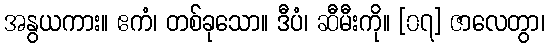
အနွယကား။ ဧကံ၊ တစ်ခုသော။ ဒီပံ၊ ဆီမီးကို။ [၀၇] ဇာလေတွာ၊